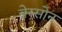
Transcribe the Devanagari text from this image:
ब्रेस्सोन